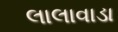
લાલાવાડા